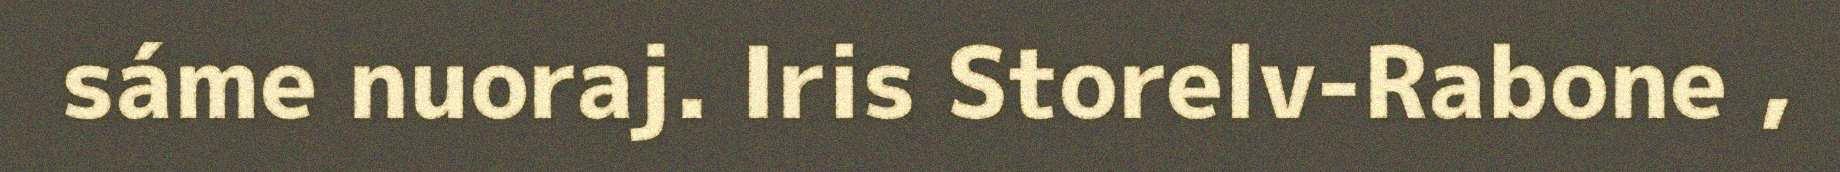
sáme nuoraj. Iris Storelv-Rabone ,